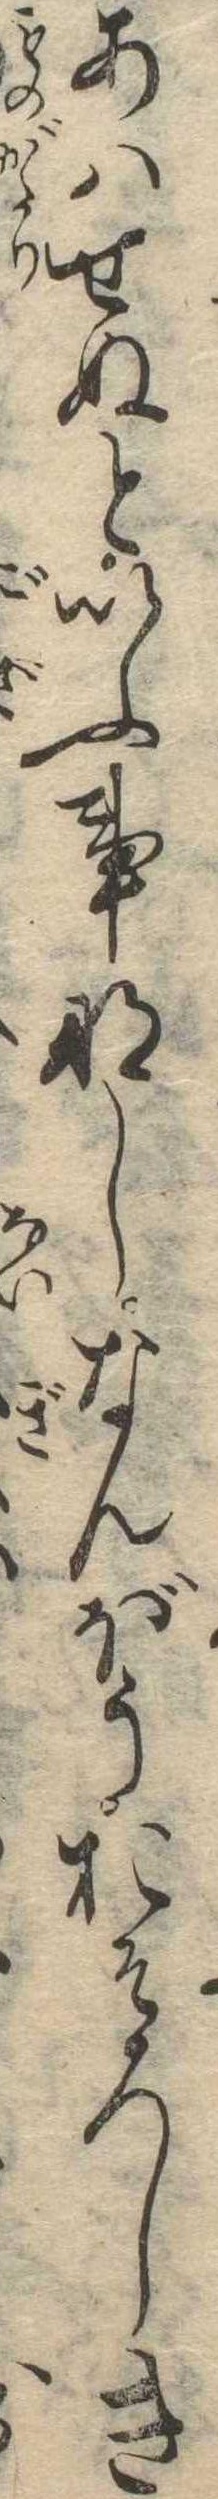
あはせぬといふ事なしなんぼうおそろしき